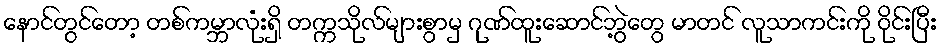
နောင်တွင်တော့ တစ်ကမ္ဘာလုံးရှိ တက္ကသိုလ်များစွာမှ ဂုဏ်ထူးဆောင်ဘွဲ့တွေ မာတင် လူသာကင်းကို ဝိုင်းပြီး